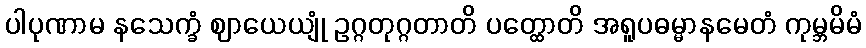
ပါပုဏာမ နသေက္ခံ ဈာယေယျုံ ဥဂ္ဂတုဂ္ဂတာတိ ပတ္ထောတိ အရူပဓမ္မာနမေတံ ကုမ္ဘမိမံ